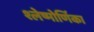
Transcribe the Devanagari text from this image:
श्लेष्मोर्णिका